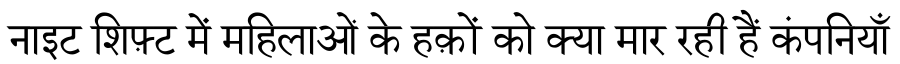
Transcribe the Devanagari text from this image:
नाइट शिफ़्ट में महिलाओं के हक़ों को क्या मार रही हैं कंपनियाँ